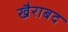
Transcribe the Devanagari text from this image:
खैराबद